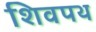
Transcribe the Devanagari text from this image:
शिवपथ